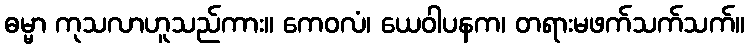
ဓမ္မာ ကုသလာဟူသည်ကား။ ကေဝလံ၊ ယေဝါပနက၊ တရားမဖက်သက်သက်။